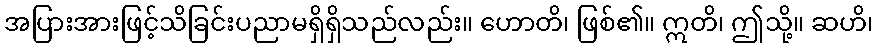
အပြားအားဖြင့်သိခြင်းပညာမရှိရှိသည်လည်း။ ဟောတိ၊ ဖြစ်၏။ ဣတိ၊ ဤသို့။ ဆဟိ၊